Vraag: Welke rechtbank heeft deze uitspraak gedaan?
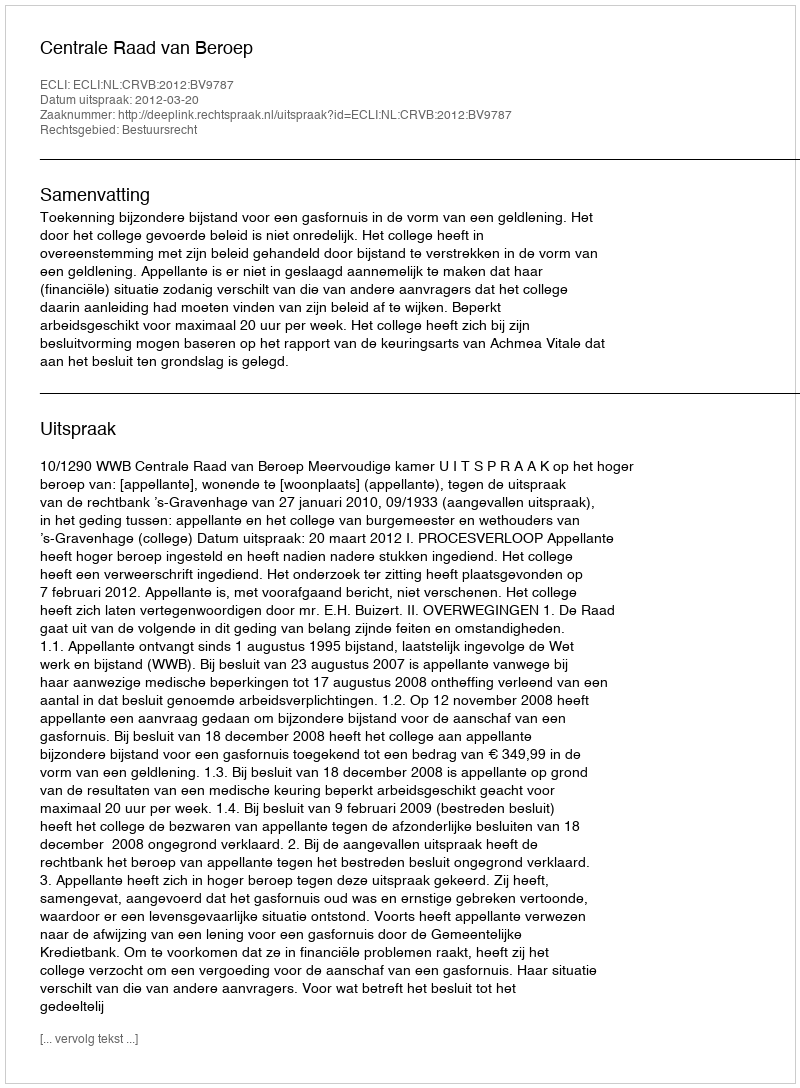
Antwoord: Centrale Raad van Beroep